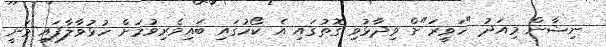
ނިޝާން މިއަދު "ހަވީރަ"ށް ވިދާޅުވި ގޮތުގައި އެ ކޯހުގައި ބައިވެރިވުމަށް ހުޅުވާލާފައި ވަނީ